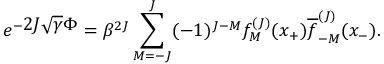
e ^ { - \displaystyle 2 J \sqrt { \gamma } \Phi } = \beta ^ { 2 J } \sum _ { M = - J } ^ { J } ( - 1 ) ^ { J - M } f _ { M } ^ { ( J ) } ( x _ { + } ) \overline { { f } } _ { - M } ^ { ( J ) } ( x _ { - } ) .